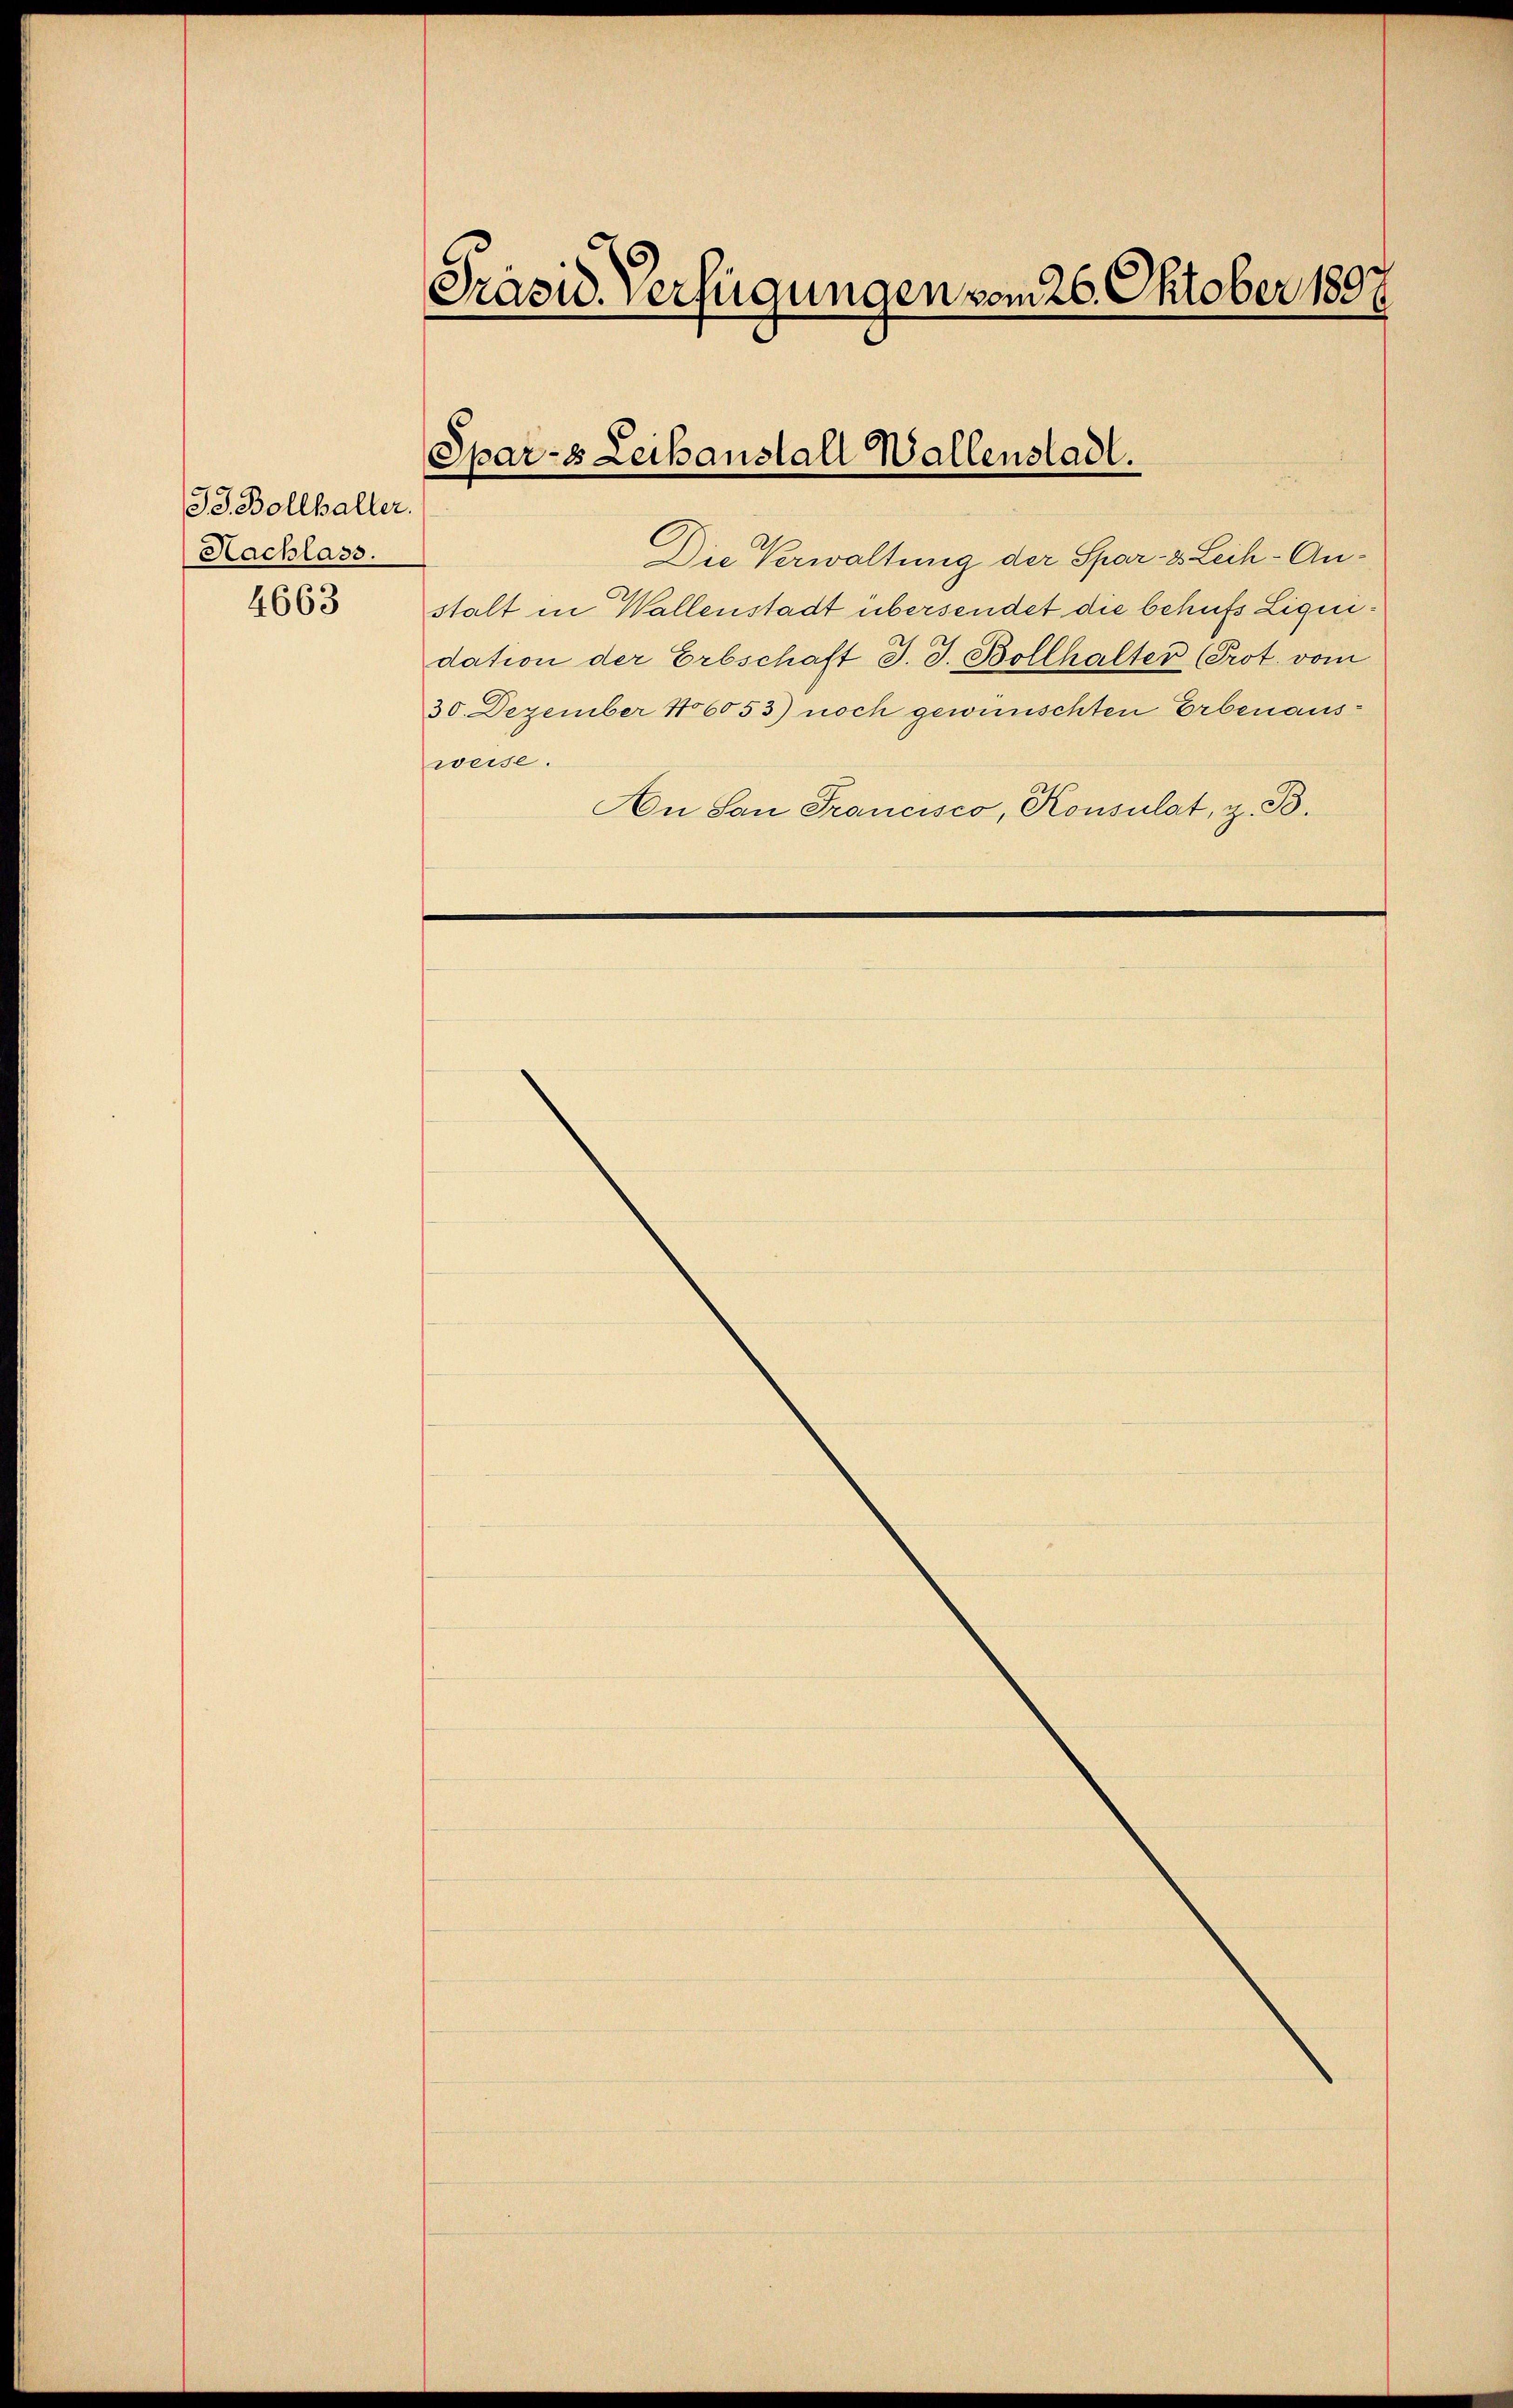
J. Bollhaller.
Nachlass.

4663

Präsid. Verfügungen vom 26. Oktober 1891.

Spar-8 Leihanstall Wallenstadt.

Die Verwaltung der Spar- & Leih-Anstalt in Wallenstadt übersendet die behufs Ligen
dation der Erbschaft J. J. Bollhalter (Prot. vom
30. Dezember 186053) noch gewünschten Erbenausweise.
An San Francisco, Konsulat, z. B.